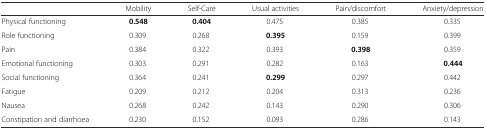
<table><thead><tr><td></td><td><b>Mobility</b></td><td><b>Self-Care</b></td><td><b>Usual activities</b></td><td><b>Pain/discomfort</b></td><td><b>Anxiety/depression</b></td></tr></thead><tbody><tr><td>Physical functioning</td><td><b>0.548</b></td><td><b>0.404</b></td><td>0.475</td><td>0.385</td><td>0.335</td></tr><tr><td>Role functioning</td><td>0.309</td><td>0.268</td><td><b>0.395</b></td><td>0.159</td><td>0.399</td></tr><tr><td>Pain</td><td>0.384</td><td>0.322</td><td>0.393</td><td><b>0.398</b></td><td>0.359</td></tr><tr><td>Emotional functioning</td><td>0.303</td><td>0.291</td><td>0.282</td><td>0.163</td><td><b>0.444</b></td></tr><tr><td>Social functioning</td><td>0.364</td><td>0.241</td><td><b>0.299</b></td><td>0.297</td><td>0.442</td></tr><tr><td>Fatigue</td><td>0.209</td><td>0.212</td><td>0.204</td><td>0.313</td><td>0.236</td></tr><tr><td>Nausea</td><td>0.268</td><td>0.242</td><td>0.143</td><td>0.290</td><td>0.306</td></tr><tr><td>Constipation and diarrhoea</td><td>0.230</td><td>0.152</td><td>0.093</td><td>0.286</td><td>0.143</td></tr></tbody></table>